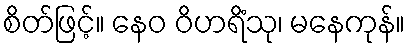
စိတ်ဖြင့်။ နေဝ ဝိဟရိံသု၊ မနေကုန်။